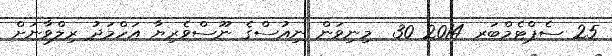
25 ސެޕްޓެމްބަރ 2014 30  މިނިވަން ނިއުސްގެ ނޫސްވެރިޔާ އަހްމަދު ރިލްވާނަށް